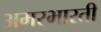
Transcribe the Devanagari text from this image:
अमरभारती